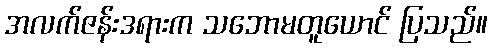
အလက်ဇန်းဒရားက သဘောမတူယောင် ပြသည်။